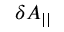
\delta A _ { | | }